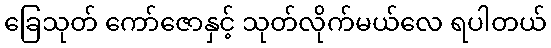
ခြေသုတ် ကော်ဇောနှင့် သုတ်လိုက်မယ်လေ ရပါတယ်